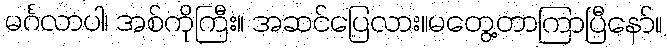
မင်္ဂလာပါ၊ အစ်ကိုကြီး။ အဆင်ပြေလား။မတွေ့တာကြာပြီနော်။